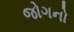
જોગનો